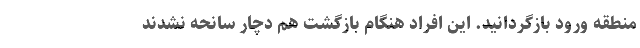
منطقه ورود بازگردانيد. اين افراد هنگام بازگشت هم دچار سانحه نشدند